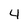
Character: 4